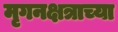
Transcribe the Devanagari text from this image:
मृगनक्षत्राच्या